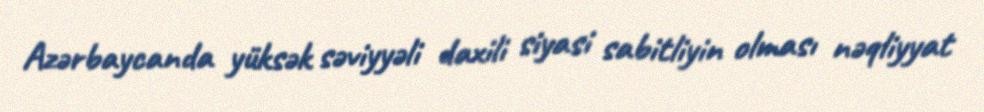
Azərbaycanda yüksək səviyyəli daxili siyasi sabitliyin olması nəqliyyat